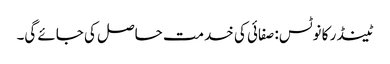
ٹینڈر کا نوٹس: صفائی کی خدمت حاصل کی جائے گی۔